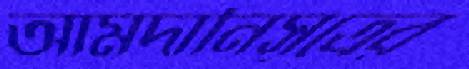
আমদানিসূত্রের